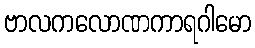
ဗာလကလောဏကာရဂါမော